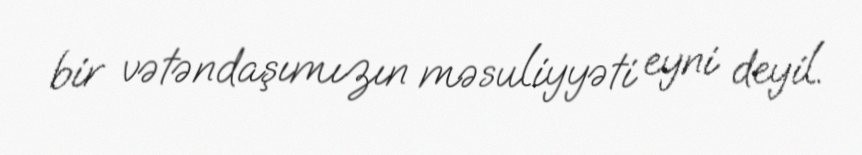
bir vətəndaşımızın məsuliyyəti eyni deyil.